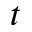
t